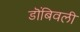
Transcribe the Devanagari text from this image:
डॊंबिवली